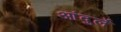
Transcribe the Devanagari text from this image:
आंदुर्ले